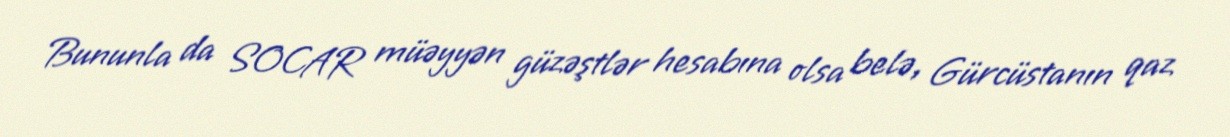
Bununla da SOCAR müəyyən güzəştlər hesabına olsa belə, Gürcüstanın qaz